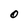
Character: O